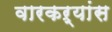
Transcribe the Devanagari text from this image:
वारकऱ्यांस